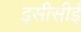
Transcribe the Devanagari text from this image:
इसीसीई